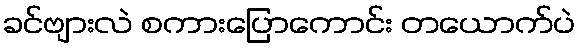
ခင်ဗျားလဲ စကားပြောကောင်း တယောက်ပဲ